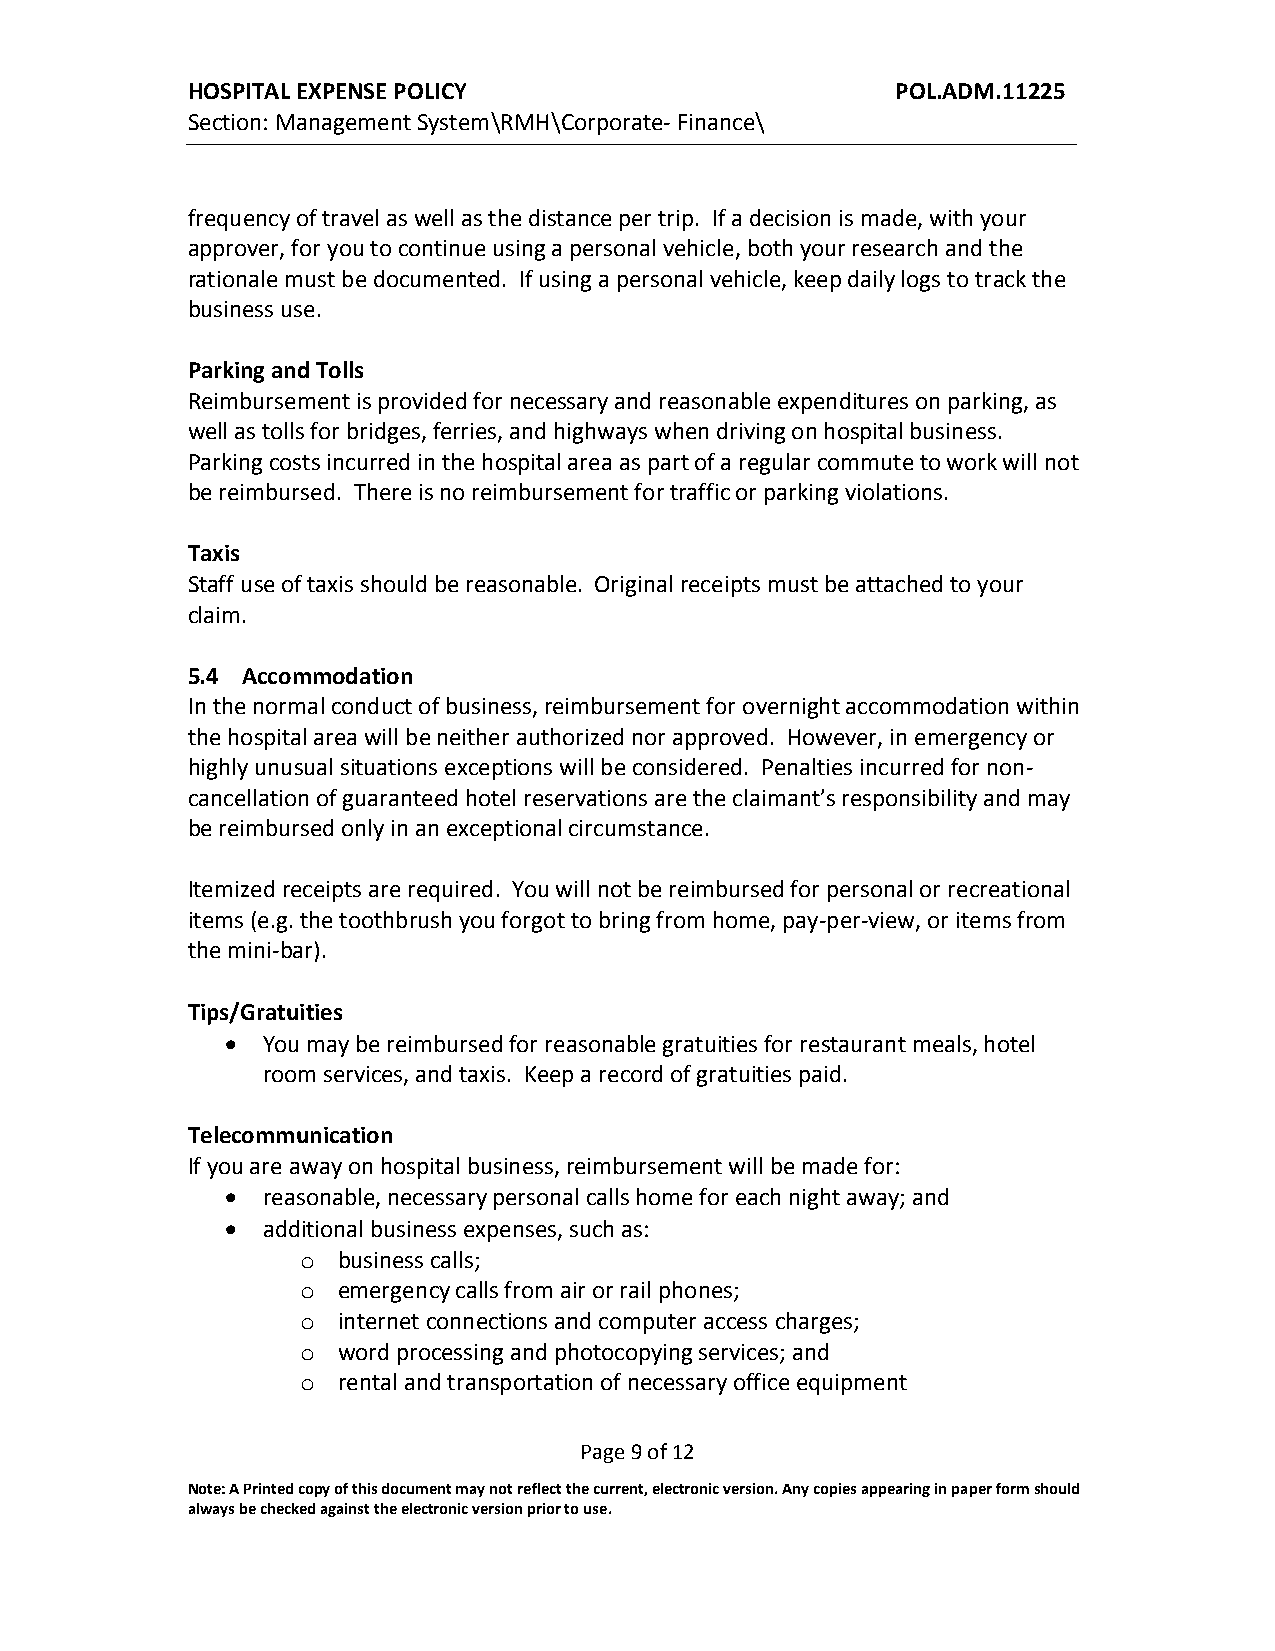
HOSPITAL EXPENSE POLICY                        POL.ADM.11225
 Section: Management System\RMH\Corporate- Finance\
 frequency of travel as well as the distance per trip. If a decision is made, with your
 approver, for you to continue using a personal vehicle, both your research and the
 rationale must be documented. If using a personal vehicle, keep daily logs to track the
 business use.
 Parking and Tolls
 Reimbursement is provided for necessary and reasonable expenditures on parking, as
 well as tolls for bridges, ferries, and highways when driving on hospital business.
 Parking costs incurred in the hospital area as part of a regular commute to work will not
 be reimbursed. There is no reimbursement for traffic or parking violations.
 Taxis
 Staff use of taxis should be reasonable. Original receipts must be attached to your
 claim.
 5.4 Accommodation
 In the normal conduct of business, reimbursement for overnight accommodation within
 the hospital area will be neither authorized nor approved. However, in emergency or
 highly unusual situations exceptions will be considered. Penalties incurred for non-
 cancellation of guaranteed hotel reservations are the claimant’s responsibility and may
 be reimbursed only in an exceptional circumstance.
 Itemized receipts are required. You will not be reimbursed for personal or recreational
 items (e.g. the toothbrush you forgot to bring from home, pay-per-view, or items from
 the mini-bar).
 Tips/Gratuities
  You may be reimbursed for reasonable gratuities for restaurant meals, hotel
 room services, and taxis. Keep a record of gratuities paid.
 Telecommunication
 If you are away on hospital business, reimbursement will be made for:
  reasonable, necessary personal calls home for each night away; and
  additional business expenses, such as:
 o business calls;
 o emergency calls from air or rail phones;
 o internet connections and computer access charges;
 o word processing and photocopying services; and
 o rental and transportation of necessary office equipment
 Page 9 of 12
 Note: A Printed copy of this document may not reflect the current, electronic version. Any copies appearing in paper form should
 always be checked against the electronic version prior to use.